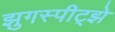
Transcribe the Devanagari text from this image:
झुगस्पीट्झे